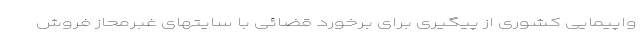
واپیمایی کشوری از پیگیری برای برخورد قضائی با سایتهای غبرمحاز فروش